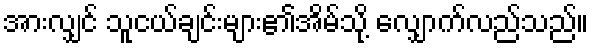
အားလျှင် သူငယ်ချင်းများ၏အိမ်သို့ လျှောက်လည်သည်။